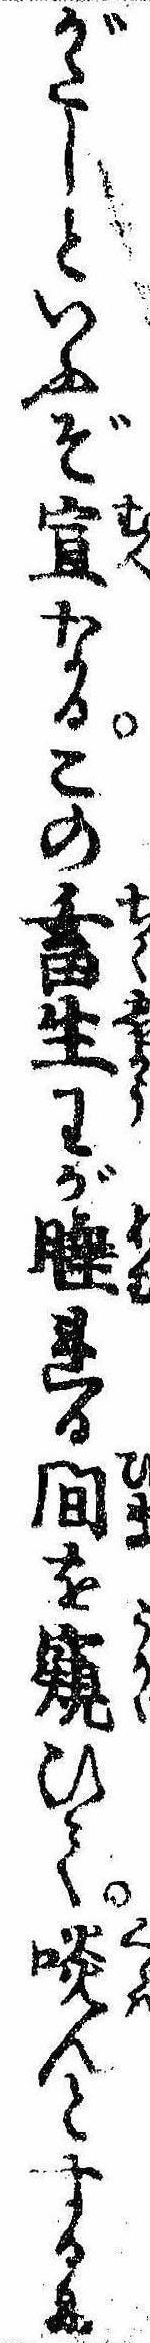
がたしといふぞ宜なるこの畜生わが睡れる間を窺ひて啖んとするに